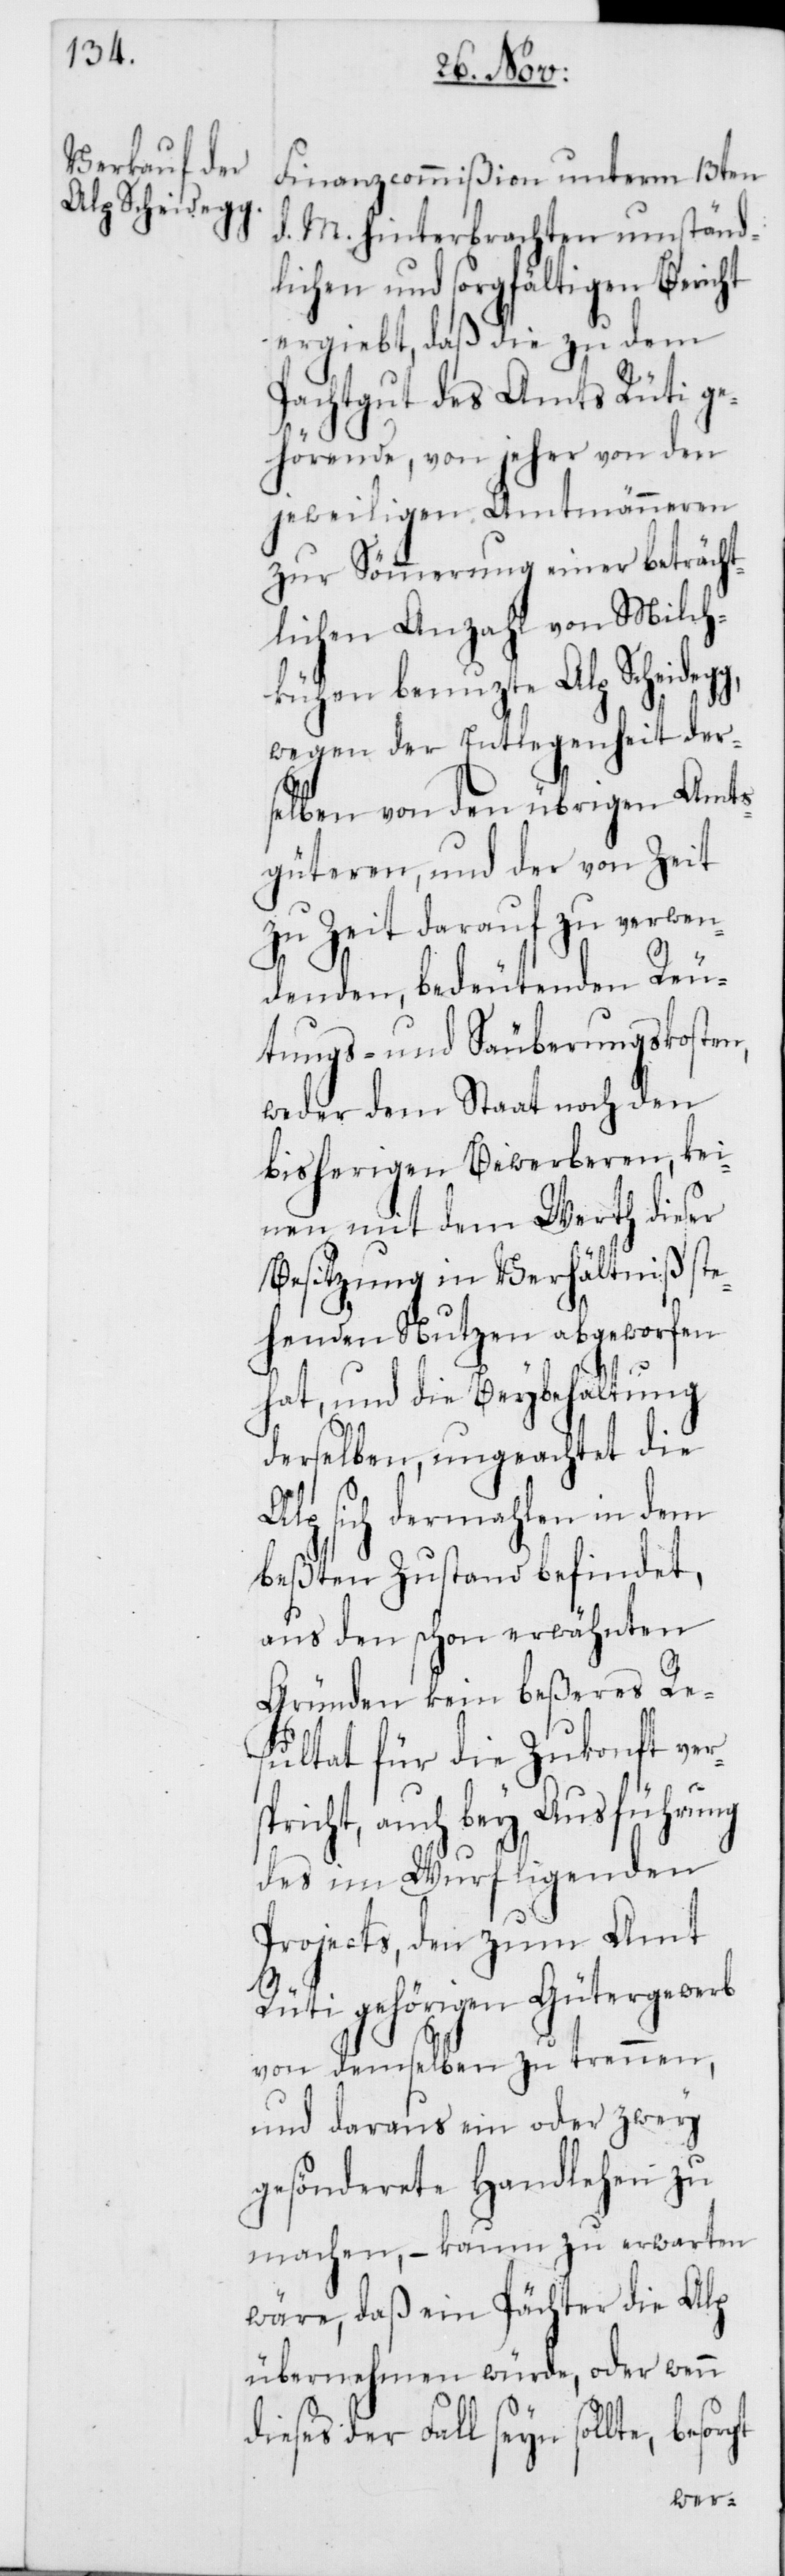
Finanzcommißion unterm 13ten
d. M. hinterbrachten umständ¬
lichen und sorgfältigen Bericht
ergiebt, daß die zu dem
Pachtgut des Amts Rüti ge¬
hörende, von jeher von den
jeweiligen Amtmänneren
zur Sömmerung einer beträcht¬
lichen Anzahl von Milch¬
kühen benutzte Alp Scheide¬
wegen der Entlegenheit der¬
selben von den übrigen Amts¬
güteren, und der von Zeit
zu Zeit darauf zu verwen¬
denden, bedeutenden Reu¬
tungs- und Säuberungskosten,
weder dem Staat noch den
bisherigen Bewerberen, kei¬
nen mit dem Werth dieser
Besitzung in Verhältniß ste¬
henden Nutzen abgeworfen
hat, und die Beybehaltung
derselben, ungeachtet die
Alp sich dermahlen in dem
beßten Zustand befindet,
aus den schon erwähnten
Gründen kein beßeres Re¬
sultat für die Zukonft ver¬
spricht, auch bey Ausführung
des im Wurf ligenden
Projects, den zum Amt
rgt
Rüti gehörigen Gütergewerb
von demselben zu trennen,
und daraus ein oder zwey
gesönderete Handlehen zu
machen, – kaum zu erwarten
wäre, daß ein Pächter die Alp
übernehmen würde, oder wenn
ieses der Fall seyn sollte, beso¬